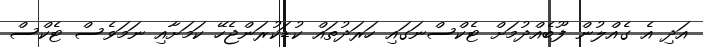
އަދި އެ ގެއްލުން ފޫބެއްދުމަށް ޓެކްސްނަގައި ހަރަދުތައް ކުޑަކުރަންޖެހޭ ކަމަށާއި ނަމަވެސް ޓެކްސް